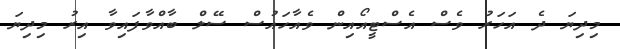
މިދިޔަ ދެ އަހަރު ވެސް އެސްޓީއޯއިން ވެއާހައުސް ސޭލް ބާއްވާފައިވާ އިރު މިދިޔަ